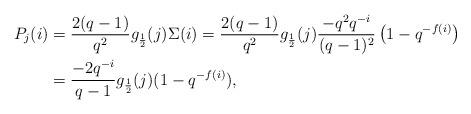
LaTeX: \begin{align*}P_j(i)&=\frac{2(q-1)}{q^2}g_\frac{1}{2}(j)\Sigma(i)=\frac{2(q-1)}{q^2}g_\frac{1}{2}(j)\frac{-q^2q^{-i}}{(q-1)^2}\left(1-q^{-f(i)}\right)\\&=\frac{-2q^{-i}}{q-1}g_\frac{1}{2}(j)(1-q^{-f(i)}),\end{align*}